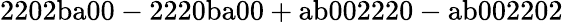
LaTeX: \mathrm{2202ba00-2220ba00+ab002220-ab002202}